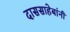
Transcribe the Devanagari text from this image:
दाससाहेबांनी